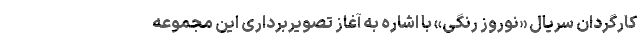
کارگردان سریال «نوروز رنگی» با اشاره به آغاز تصویربرداری این مجموعه